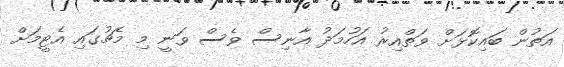
އަތުން ބައިކޮޅަށް ވަތްއިރު އަހުމަދު އާނިސް ވެސް ވަނީ މި މެޗުގައި އެޓީމަށް